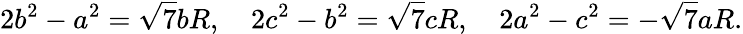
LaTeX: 2b^{2}-a^{2}={\sqrt{7}}bR,\quad 2c^{2}-b^{2}={\sqrt{7}}cR,\quad 2a^{2}-c^{2}=-{\sqrt{7}}aR.